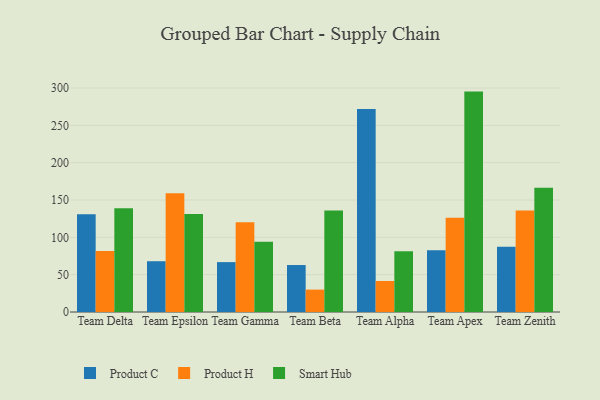
{"axis": {"x": "Team", "y": "Conversion Rate (%)"}, "legend": ["Product C", "Product H", "Smart Hub"], "data": [{"x": "Team Delta", "y": 131.0, "type": "Product C"}, {"x": "Team Delta", "y": 81.8, "type": "Product H"}, {"x": "Team Delta", "y": 139.0, "type": "Smart Hub"}, {"x": "Team Epsilon", "y": 68.0, "type": "Product C"}, {"x": "Team Epsilon", "y": 159.0, "type": "Product H"}, {"x": "Team Epsilon", "y": 131.2, "type": "Smart Hub"}, {"x": "Team Gamma", "y": 66.8, "type": "Product C"}, {"x": "Team Gamma", "y": 120.1, "type": "Product H"}, {"x": "Team Gamma", "y": 94.1, "type": "Smart Hub"}, {"x": "Team Beta", "y": 62.9, "type": "Product C"}, {"x": "Team Beta", "y": 30.0, "type": "Product H"}, {"x": "Team Beta", "y": 135.8, "type": "Smart Hub"}, {"x": "Team Alpha", "y": 272.0, "type": "Product C"}, {"x": "Team Alpha", "y": 41.5, "type": "Product H"}, {"x": "Team Alpha", "y": 81.5, "type": "Smart Hub"}, {"x": "Team Apex", "y": 82.6, "type": "Product C"}, {"x": "Team Apex", "y": 126.1, "type": "Product H"}, {"x": "Team Apex", "y": 295.2, "type": "Smart Hub"}, {"x": "Team Zenith", "y": 87.4, "type": "Product C"}, {"x": "Team Zenith", "y": 135.9, "type": "Product H"}, {"x": "Team Zenith", "y": 166.5, "type": "Smart Hub"}]}